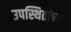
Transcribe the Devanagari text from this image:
उपस्थितांच्या